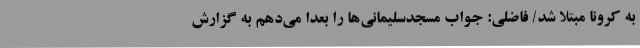
به کرونا مبتلا شد/ فاضلی: جواب مسجدسلیمانی‌ها را بعدا می‌دهم به گزارش